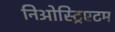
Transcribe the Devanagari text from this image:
निओस्ट्रिएटम